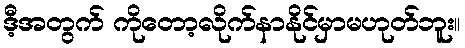
ဒီ့အတွက် ကိုတော့လိုက်နာနိုင်မှာမဟုတ်ဘူး။